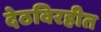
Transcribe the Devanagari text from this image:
देठविरहीत